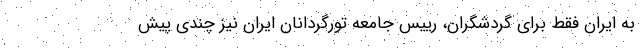
به ایران فقط برای گردشگران، رییس جامعه تورگردانان ایران نیز چندی پیش